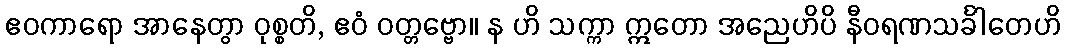
ဧဝကာရော အာနေတွာ ဝုစ္စတိ, ဧဝံ ဝတ္တဗ္ဗော။ န ဟိ သက္ကာ ဣတော အညေဟိပိ နီဝရဏသင်္ခါတေဟိ